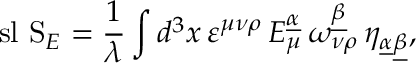
\mathrm { \ s l ~ S } _ { E } = { \frac { 1 } { \lambda } } \int d ^ { 3 } x \, \varepsilon ^ { \mu \nu \rho } \, E _ { \mu } ^ { \underline { { { \alpha } } } } \, \omega _ { \nu \rho } ^ { \underline { { { \beta } } } } \, \eta _ { \underline { { { \alpha } } } \underline { { { \beta } } } } ,